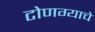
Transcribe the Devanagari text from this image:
टोणग्याचे